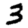
Digit: 3